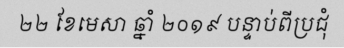
២២ ខែមេសា ឆ្នាំ ២០១៩ បន្ទាប់ពីប្រជុំ